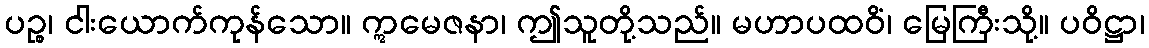
ပဉ္စ၊ ငါးယောက်ကုန်သော။ ဣမေဇနာ၊ ဤသူတို့သည်။ မဟာပထဝိံ၊ မြေကြီးသို့။ ပဝိဋ္ဌာ၊